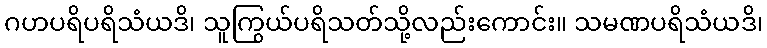
ဂဟပရိပရိသံယဒိ၊ သူကြွယ်ပရိသတ်သို့လည်းကောင်း။ သမဏပရိသံယဒိ၊